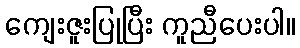
ကျေးဇူးပြုပြီး ကူညီပေးပါ။